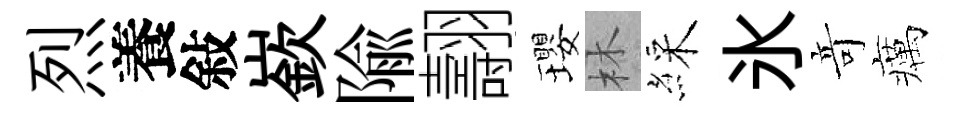
烈養敍嶔隃翿瓔林綵氷竒癘